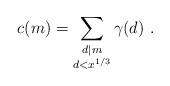
LaTeX: \begin{align*}c(m)= \sum_{\substack{d|m\\d<x^{1/3}}}\gamma(d)\ . \end{align*}